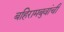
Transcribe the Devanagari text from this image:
बहिरामबुवांची